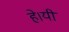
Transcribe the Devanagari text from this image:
हे।यी